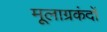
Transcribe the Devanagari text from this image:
मूलाग्रकंदों